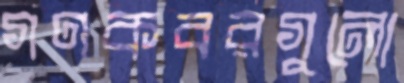
গণকবরগুলো